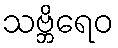
သဗ္ဘိရေဝ